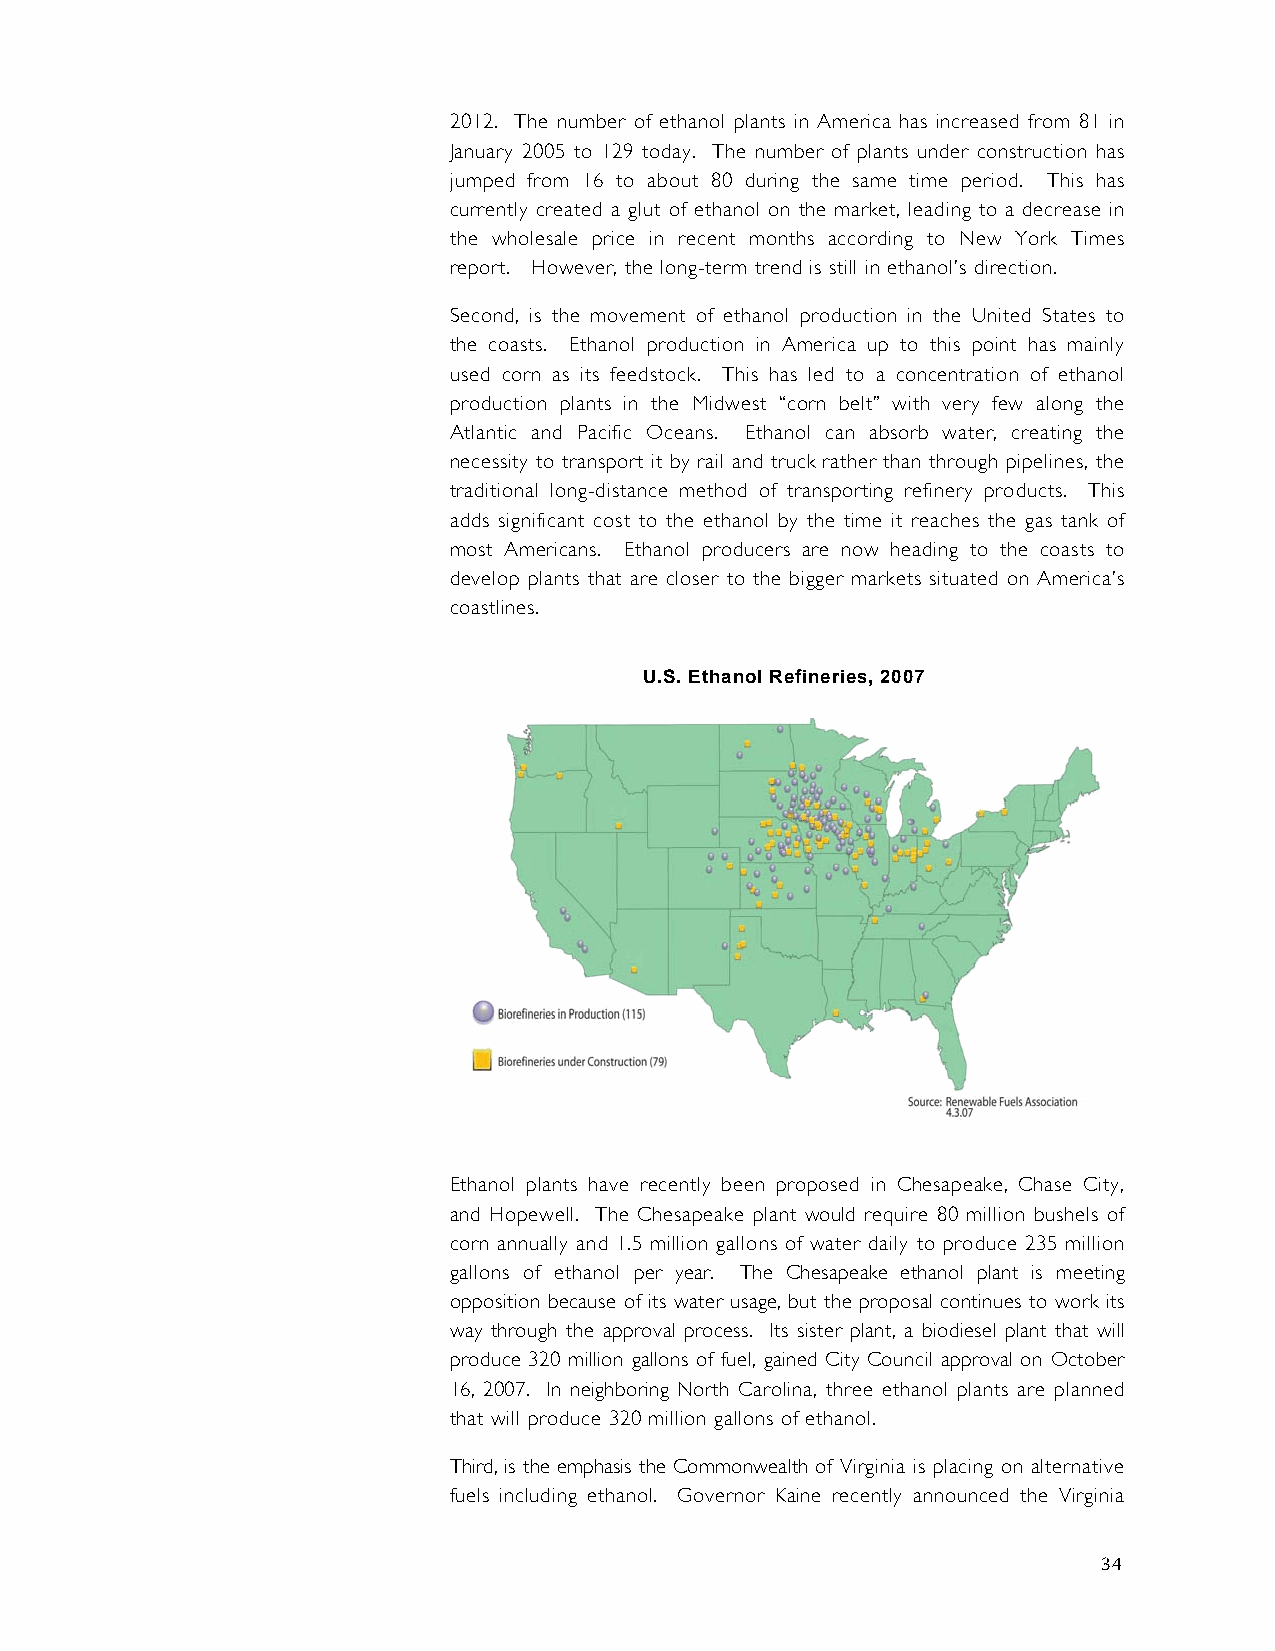
2012. The number of ethanol plants in America has increased from 81 in
 January 2005 to 129 today. The number of plants under construction has
 jumped from 16 to about 80 during the same time period. This has
 currently created a glut of ethanol on the market, leading to a decrease in
 the wholesale price in recent months according to New York Times
 report. However, the long-term trend is still in ethanol’s direction.
 Second, is the movement of ethanol production in the United States to
 the coasts. Ethanol production in America up to this point has mainly
 used corn as its feedstock. This has led to a concentration of ethanol
 production plants in the Midwest “corn belt” with very few along the
 Atlantic and Pacific Oceans. Ethanol can absorb water, creating the
 necessity to transport it by rail and truck rather than through pipelines, the
 traditional long-distance method of transporting refinery products. This
 adds significant cost to the ethanol by the time it reaches the gas tank of
 most Americans. Ethanol producers are now heading to the coasts to
 develop plants that are closer to the bigger markets situated on America’s
 coastlines.
 U.S. Ethanol Refineries, 2007
 Ethanol plants have recently been proposed in Chesapeake, Chase City,
 and Hopewell. The Chesapeake plant would require 80 million bushels of
 corn annually and 1.5 million gallons of water daily to produce 235 million
 gallons of ethanol per year. The Chesapeake ethanol plant is meeting
 opposition because of its water usage, but the proposal continues to work its
 way through the approval process. Its sister plant, a biodiesel plant that will
 produce 320 million gallons of fuel, gained City Council approval on October
 16, 2007. In neighboring North Carolina, three ethanol plants are planned
 that will produce 320 million gallons of ethanol.
 Third, is the emphasis the Commonwealth of Virginia is placing on alternative
 fuels including ethanol. Governor Kaine recently announced the Virginia
 34